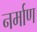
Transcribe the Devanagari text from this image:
नर्माण